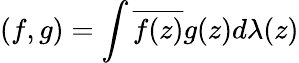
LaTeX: (f,g)=\int\overline{{{f(z)}}}g(z)d\lambda(z)